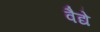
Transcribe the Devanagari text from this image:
वैद्ये